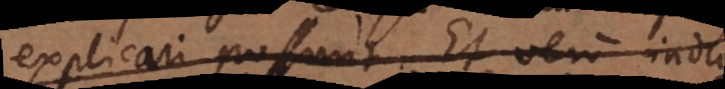
explicari possunt. Et vero indu